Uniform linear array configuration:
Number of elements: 64
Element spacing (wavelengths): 0.25
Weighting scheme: hann
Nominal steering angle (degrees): -15
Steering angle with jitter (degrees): -14.486
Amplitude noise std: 0.05
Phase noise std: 0.05

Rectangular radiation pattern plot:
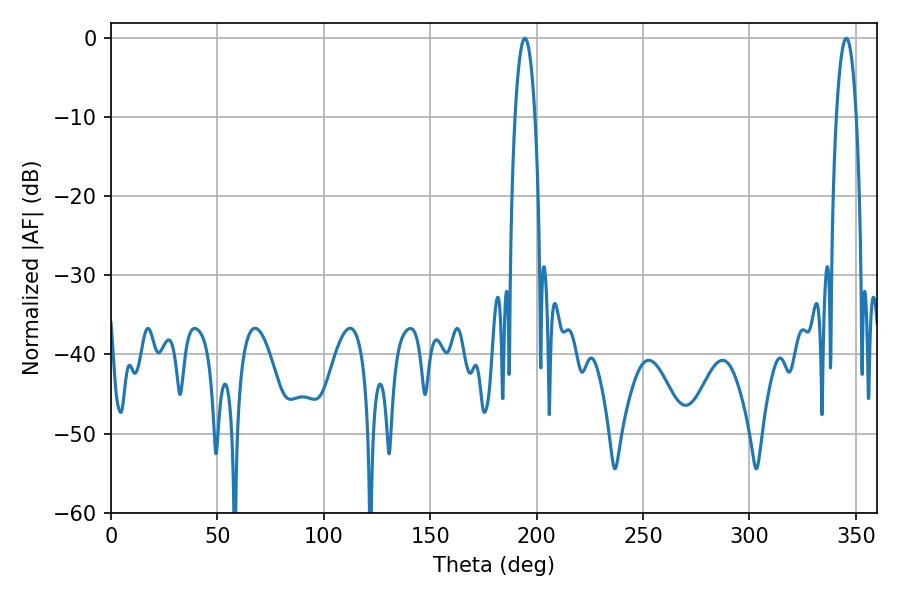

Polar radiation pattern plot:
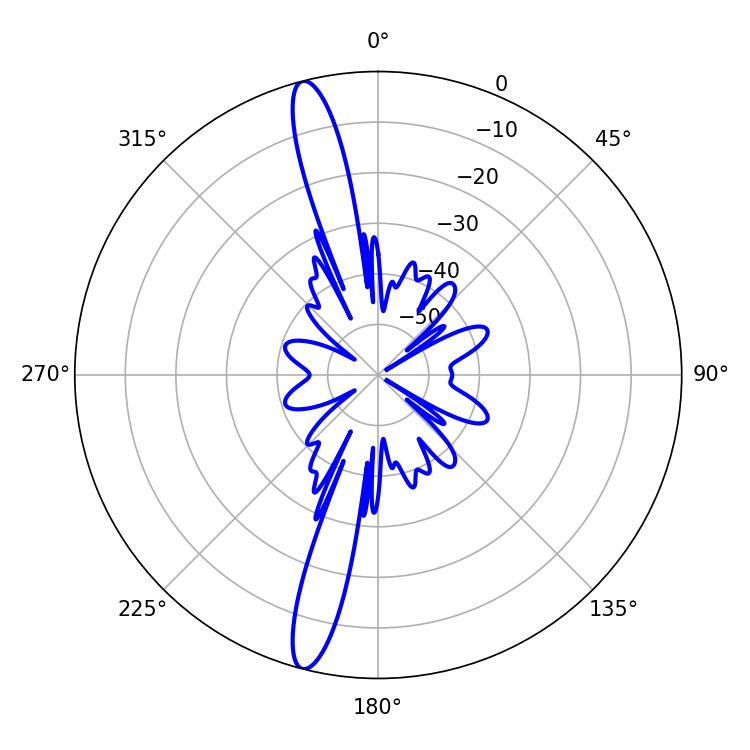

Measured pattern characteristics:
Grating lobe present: FALSE
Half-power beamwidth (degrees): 5.22
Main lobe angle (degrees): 194.4